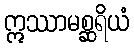
ဣဿာမစ္ဆရိယံ